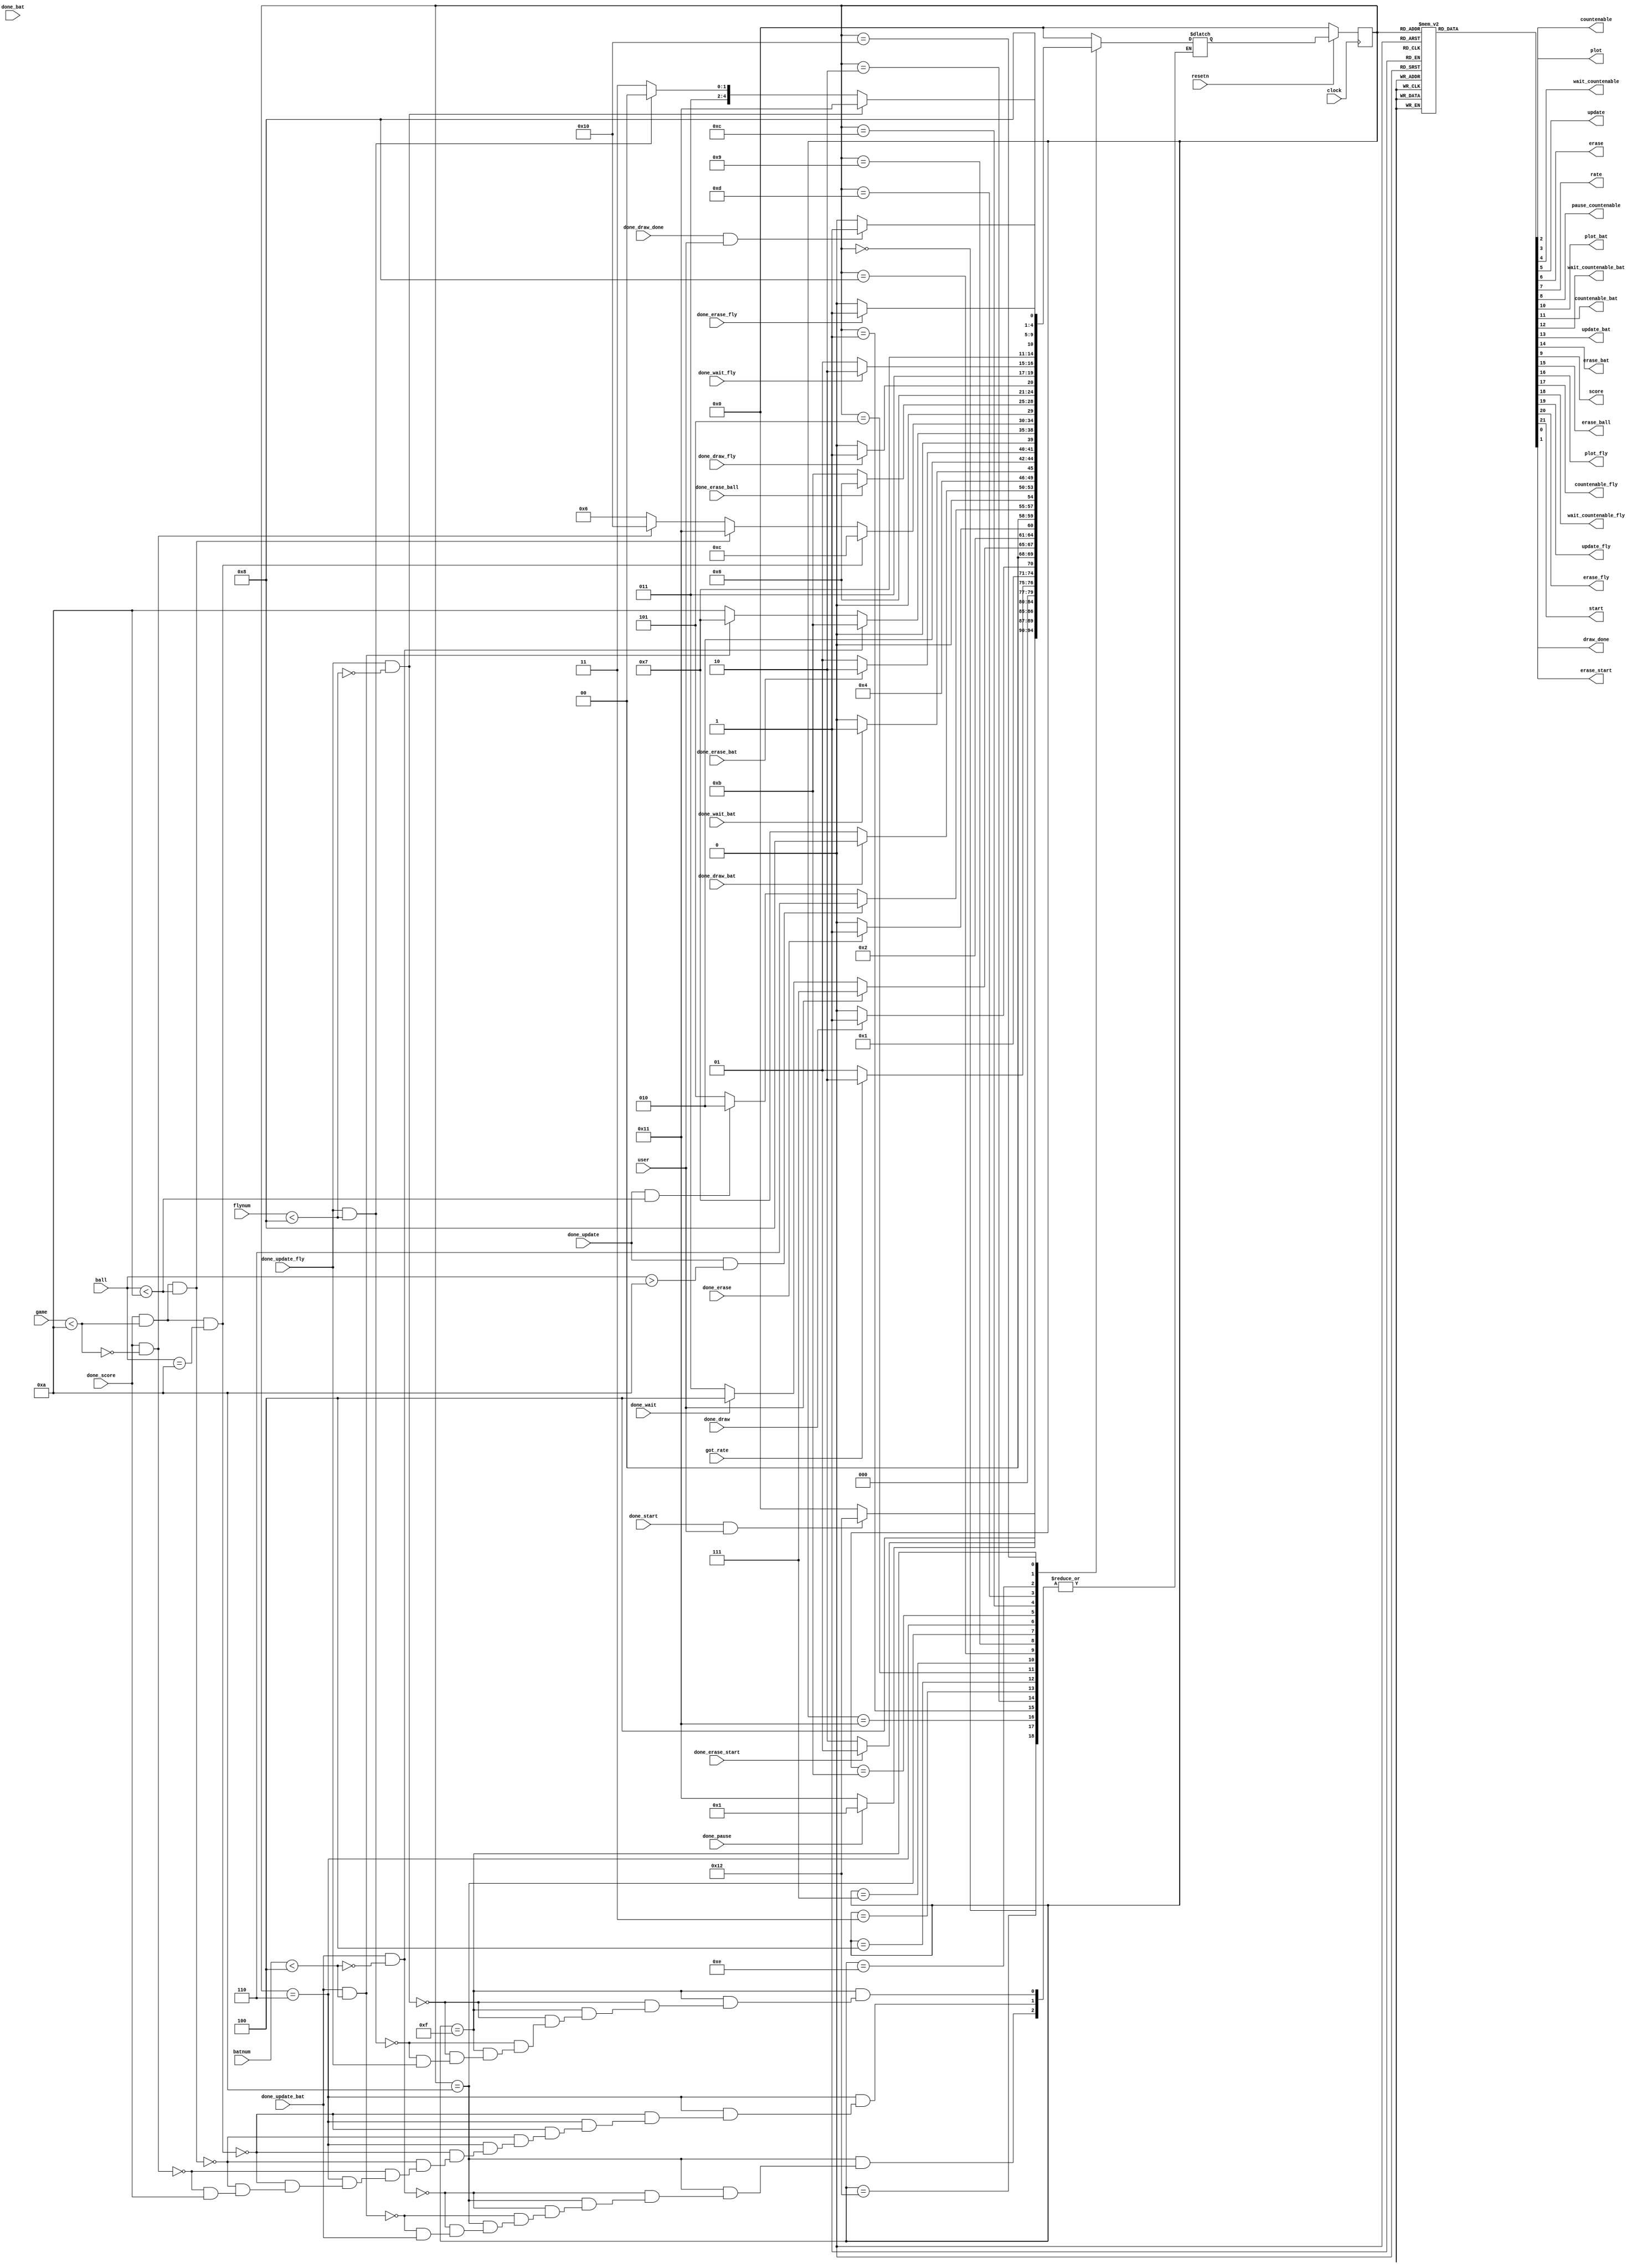

/////////////////////////CONTROL PATH/////////////////////////


module controlpath(resetn, clock, done_draw, done_wait, done_update, done_erase, got_rate, done_pause, ball, user, done_bat,//inputs
					plot, countenable, wait_countenable, update, erase, rate, pause_countenable,
					plot_bat, countenable_bat, wait_countenable_bat, update_bat, erase_bat, score, erase_ball, game,
					done_draw_bat, done_wait_bat, done_erase_bat, done_update_bat, batnum, done_score, done_erase_ball, plot_fly, countenable_fly,
					wait_countenable_fly, update_fly, erase_fly, done_draw_fly, done_wait_fly, done_erase_fly, done_update_fly, flynum,
					done_start, done_erase_start, start, erase_start, draw_done, done_draw_done); //outputs

	input [3:0] ball; //the ball number
	input [3:0] batnum; //the bat number
	input [3:0] flynum; //the flying ball number
	input [3:0] game; //the game number

	input resetn, clock, done_draw, done_wait, done_update, done_erase, got_rate, done_pause, done_bat, done_score;
	input user; //user input signal
	input done_draw_bat, done_wait_bat, done_erase_bat, done_update_bat, done_erase_ball;
	input done_draw_fly, done_wait_fly, done_erase_fly, done_update_fly;
	input done_start, done_erase_start, done_draw_done;
	output reg start, erase_start, draw_done;
	output reg plot, countenable, wait_countenable, update, erase, rate, pause_countenable, score;
	output reg plot_bat, countenable_bat, wait_countenable_bat, update_bat, erase_bat, erase_ball;
	output reg plot_fly, countenable_fly, wait_countenable_fly, update_fly, erase_fly;
	
	reg [4:0] current, next;
	
	localparam START = 5'b00000,
			   PAUSE = 5'b10001,
			   RATE = 5'b00001,
			   DRAW = 5'b00010,
			   WAIT = 5'b00011,
			   ERASE = 5'b00100,
			   UPDATE = 5'b00101,
			   SCORE = 5'b00110, 
			   BAT_DRAW = 5'b00111,
			   BAT_WAIT = 5'b01000,
			   BAT_ERASE = 5'b01001,
			   BAT_UPDATE = 5'b01010,
			   ERASE_BALL = 5'b01011,
			   FLY_DRAW = 5'b01100,
			   FLY_WAIT = 5'b01101,
			   FLY_ERASE = 5'b01110,
			   FLY_UPDATE = 5'b01111,
			   DONE = 5'b10000,
			   ERASE_START = 5'b10010;
			
	
		// State Table
	always@(*) begin
		case (current)
			
			//print the start screen
			START: next = (done_start && user) ? ERASE_START : START; 
			
			//draw over start screen to background
			ERASE_START: next = (done_erase_start) ? PAUSE : ERASE_START;

			//pause for two seconds before start
			PAUSE: next = (done_pause) ? RATE : PAUSE;

			//get rate for ball
			RATE: next = (got_rate) ? DRAW : RATE;

			//draw ball
			DRAW: 	
			begin
			if(done_draw)
				next = WAIT;
			else if(!done_draw)
				next = DRAW;
			end

			//wait for a certain rate
			WAIT: //only allow user input during wait
			begin
			if(user)
				next = BAT_DRAW;
			else if(done_wait)
				next = ERASE;
			else if(!done_wait)
				next = WAIT;			
			end

			//erase ball
			ERASE:
			begin
			if(done_erase)
				next = UPDATE;
			else if(!done_erase)
				next = ERASE;			
			end

			//update the ball number and coordinate to draw next ball
			UPDATE:
			begin
			if(done_update && ball > 4'b1010) //at last ball so go to score
				next = SCORE;
			else if(done_update && ball < 4'b1010) //not done cycle so directly draw with same rate
				next = DRAW;
			else
				next = UPDATE; //not done update so stay at same state
			end

			//same logic as ball
			BAT_DRAW:
			begin
			if(done_draw_bat)
				next = BAT_WAIT;
			else if(!done_draw_bat)
				next = BAT_DRAW;
			end
			
			BAT_WAIT:
			begin
			if(done_wait_bat)
				next = BAT_ERASE;
			else if(!done_wait_bat)
				next = BAT_WAIT;
			end

			BAT_ERASE:
			begin
			if(done_erase_bat)
				next = BAT_UPDATE;
			else if(!done_erase_bat)
				next = BAT_ERASE;
			end

			BAT_UPDATE: 
			begin
			if(done_update_bat && !(batnum < 4'b0100)) //reached the third bat
				begin
				next = ERASE_BALL;
				end
			else if(done_update_bat && batnum < 4'b0100) //not done cycle so keep drawing bat
				begin
				next = BAT_DRAW;
				end
			else if(!done_update_bat)
				next = BAT_UPDATE; //not done update so stay at same state
			end
			
			//update and draw the score
			SCORE:
			begin
			if(done_score && game < 4'b1010 && ball == 4'b1010) //Home run, go to ball flying away
				next = FLY_DRAW;
			else if (done_score && game < 4'b1010 && ball < 4'b1010)
				next = PAUSE; //Missed, go to next game
			else if(done_score && !(game < 4'b1010))
				next = DONE;	//at game 10 so go to end screen
			else if(!done_score)
				next = SCORE;
			end
			
			//erase the left over ball
			ERASE_BALL: 	
			begin
			if(done_erase_ball)
				next = SCORE;
			else if(!done_erase_ball)
				next = ERASE_BALL;
			end

			//same logic as ball
			FLY_DRAW: //Draw the flying away ball
			begin
				if (done_draw_fly)
					next = FLY_WAIT;
				else if (!done_draw_fly)
					next = FLY_DRAW;	
			end

			FLY_WAIT: //Wait time between drawing balls
			begin
				if (done_wait_fly)
					next = FLY_ERASE;
				else if (!done_wait_fly) 
					next = FLY_WAIT;
			end

			FLY_ERASE: //erase flying balls
			begin
				if(done_erase_fly)
					next = FLY_UPDATE;
				else if(!done_erase_fly)
					next = FLY_ERASE;
			end

			FLY_UPDATE: 
			begin
				if(done_update_fly && !(flynum < 4'b1000)) //reached the fifth flying ball
					begin
					next = PAUSE; //Back to next throw
					end
				else if(done_update_fly && flynum < 4'b1000) //not done cycle so keep drawing flying ball
					begin
					next = FLY_DRAW;
					end
				else if(!done_update_fly)
					next = FLY_UPDATE; //not done update so stay at same state
			end

			//done game so draw end screen
			DONE:
			begin
				if(done_draw_done && user) //restart the game
					next = PAUSE;
				else if(done_draw_done)
					next = DONE;
				else if(!done_draw_done)
					next  = DONE;
			end

			default: next = START;

		endcase
	end
	
	always@(*) begin
		// Setting all signals to 0 at first
		plot = 1'b0;
		countenable = 1'b0;
		wait_countenable = 1'b0;
		update = 1'b0;
		erase = 1'b0;
		pause_countenable = 1'b0;
		rate = 1'b0;
		plot_bat = 1'b0;
		countenable_bat = 1'b0;
		wait_countenable_bat = 1'b0;
		update_bat = 1'b0;
		erase_bat = 1'b0;
		score = 1'b0;
		erase_ball = 1'b0;
		plot_fly = 1'b0;
		countenable_fly = 1'b0;
		wait_countenable_fly = 1'b0;
		update_fly = 1'b0;
		erase_fly = 1'b0;
		start = 1'b0;
		erase_start = 1'b0;
		draw_done = 1'b0;
		

		case (current)
			START: begin
				start = 1'b1;
			end
			ERASE_START: begin
				erase_start = 1'b1;
			end
			PAUSE: begin
				pause_countenable = 1'b1;
			end
			RATE: begin
				rate = 1'b1;
			end
			DRAW: begin
				plot = 1'b1;
				countenable = 1'b1;
			end
			WAIT: begin
				wait_countenable = 1'b1;
			end
			ERASE: begin
				erase = 1'b1;
			end
			UPDATE: begin
				update = 1'b1;
			end
			BAT_DRAW: begin
				plot_bat = 1'b1;
				countenable_bat = 1'b1;
			end
			BAT_WAIT: begin
				wait_countenable_bat = 1'b1;
			end
			BAT_ERASE: begin
				erase_bat = 1'b1;
			end
			BAT_UPDATE: begin
				update_bat = 1'b1;
			end
			SCORE: begin
				score = 1'b1;
			end
			ERASE_BALL: begin
				erase_ball = 1'b1;
			end
			FLY_DRAW: begin
				plot_fly = 1'b1;
				countenable_fly = 1'b1;
			end
			FLY_WAIT: begin
				wait_countenable_fly = 1'b1;
			end
			FLY_ERASE: begin
				erase_fly = 1'b1;
			end
			FLY_UPDATE: begin
				update_fly = 1'b1;
			end
			DONE: begin
				draw_done = 1'b1;
			end
			default: begin
		draw_done = 1'b0;
		plot = 1'b0;
		countenable = 1'b0;
		wait_countenable = 1'b0;
		update = 1'b0;
		erase = 1'b0;
		pause_countenable = 1'b0;
		rate = 1'b0;
		plot_bat = 1'b0;
		countenable_bat = 1'b0;
		wait_countenable_bat = 1'b0;
		update_bat = 1'b0;
		erase_bat = 1'b0;
		score = 1'b0;
		erase_ball = 1'b0;
		plot_fly = 1'b0;
		countenable_fly = 1'b0;
		wait_countenable_fly = 1'b0;
		update_fly = 1'b0;
		erase_fly = 1'b0;
		start = 1'b0;
		erase_start = 1'b0;

			end
		endcase
	end

	always@(posedge clock) begin
		if (!resetn)
			current <= START;
		else
			current <= next;
	end
endmodule